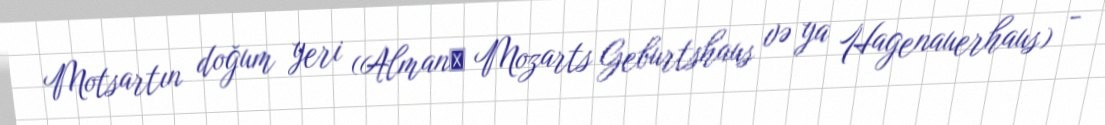
Motsartın doğum yeri (Almanː Mozarts Geburtshaus və ya Hagenauerhaus) -